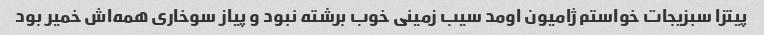
پیتزا سبزیجات خواستم ژامیون اومد سیب زمینی خوب برشته نبود و پیاز سوخاری همه‌اش خمیر بود